Document type: Barter
Year: 1304
Scribe: Pere Pometa
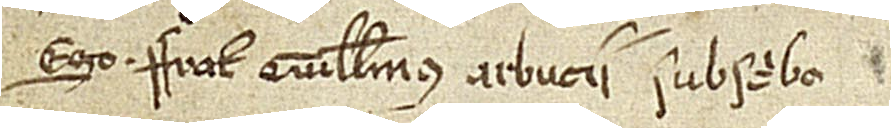
Ego frater Guillelmus Arbucii subscribo.